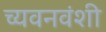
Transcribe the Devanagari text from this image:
च्यवनवंशी